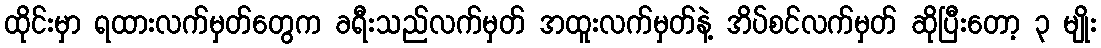
ထိုင်းမှာ ရထားလက်မှတ်တွေက ခရီးသည်လက်မှတ် အထူးလက်မှတ်နဲ့ အိပ်စင်လက်မှတ် ဆိုပြီးတော့ ၃ မျိုး